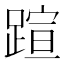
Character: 𬧂